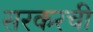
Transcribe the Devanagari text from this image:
सरकरची